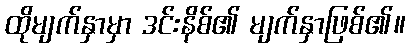
ထိုမျက်နှာမှာ ဒင်းနိစ်၏ မျက်နှာဖြစ်၏။